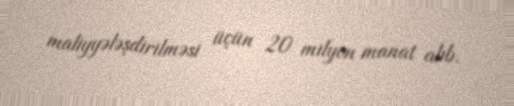
maliyyələşdirilməsi üçün 20 milyon manat alıb.